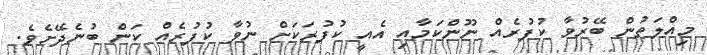
މިއްލަތުން ބޭރުވާ ކުފުރެއް ނޫންކަމާއި އެއީ ކުފުރަކަށް ނުވާ ކުފުރެއް ކަން ބުނެދޭށެވެ.